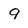
Character: 9